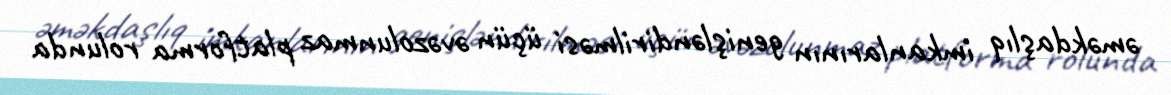
əməkdaşlıq imkanlarının genişləndirilməsi üçün əvəzolunmaz platforma rolunda